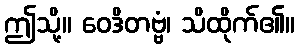
ဤသို့။ ဝေဒိတဗ္ဗံ၊ သိထိုက်၏။